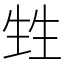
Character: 甡